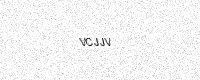
Text: VCJJV